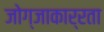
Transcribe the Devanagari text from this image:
जोग्जाकार्रता